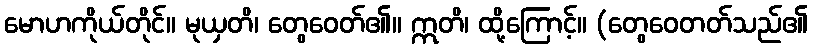
မောဟကိုယ်တိုင်။ မုယှတိ၊ တွေဝေတ်၏။ ဣတိ၊ ထို့ကြောင့်။ (တွေဝေတတ်သည်၏